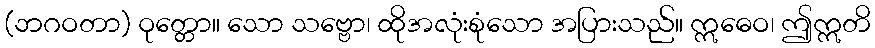
(ဘဂဝတာ) ဝုတ္တော။ သော သဗ္ဗော၊ ထိုအလုံးစုံသော အပြားသည်။ ဣဓေဝ၊ ဤဣတိ